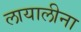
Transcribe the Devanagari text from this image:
लायालीना